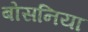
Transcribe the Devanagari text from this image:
बोसनिया